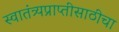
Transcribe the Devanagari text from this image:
स्वातंत्र्यप्राप्तीसाठीचा